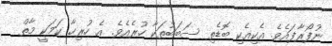
ނުފޯރާފައެވެ. އެކިއެކި ބޮޑެތި ސަބަބުތަކާ ހުރެއެވެ. އެ ހުރިހާ ކަމަކީ މާތް